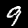
Digit: 9